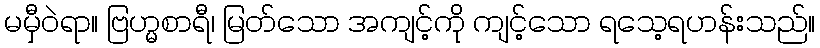
မမှီဝဲရာ။ ဗြဟ္မစာရီ၊ မြတ်သော အကျင့်ကို ကျင့်သော ရသေ့ရဟန်းသည်။